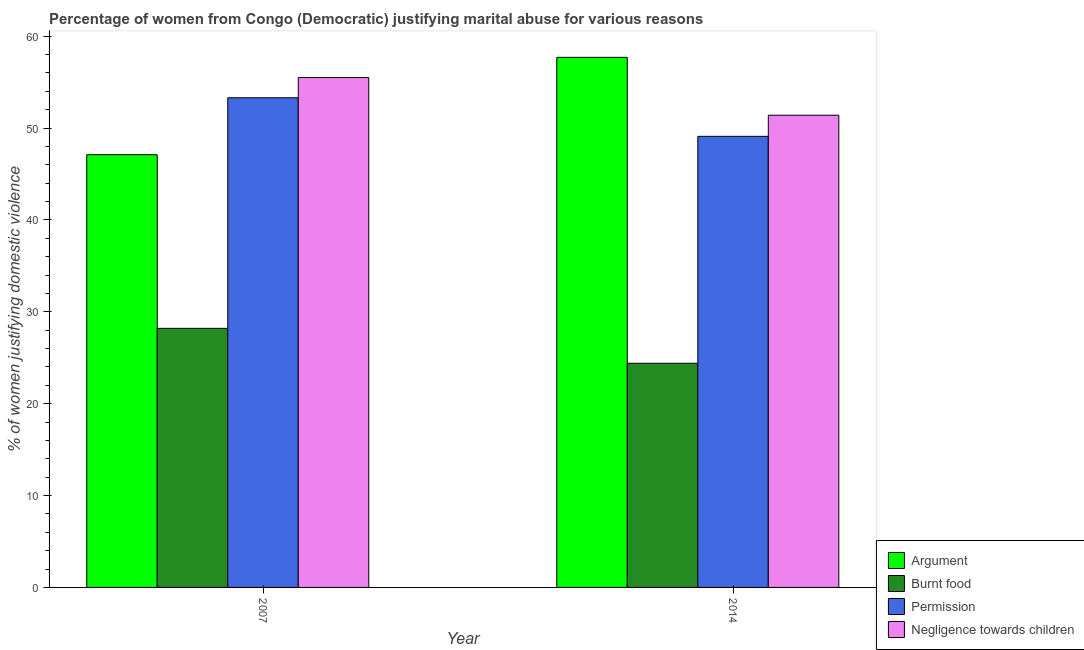
| Year | Argument | Burnt food | Permission | Negligence towards children |
 | --- | --- | --- | --- | --- |
 | 2007 | 47.1 | 28.2 | 53.3 | 55.5 |
 | 2014 | 57.7 | 24.4 | 49.1 | 51.4 |